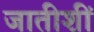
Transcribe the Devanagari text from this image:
जातीशीं